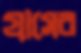
গ্রাসের